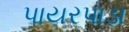
પાયરપાડા